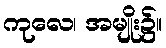
ကုလေ၊ အမျိုး၌။